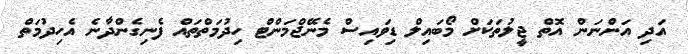
އަދި އަންނަން އޮތް ޖީލުތަކަށް މޯބައިލް ޑިވައިސް މެނޭޖްމަންޓް ހިދުމަތްތައް ފެނިގެންދާނެ އެހިދުމަތް